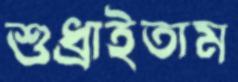
শুধ্‌রাইতাম